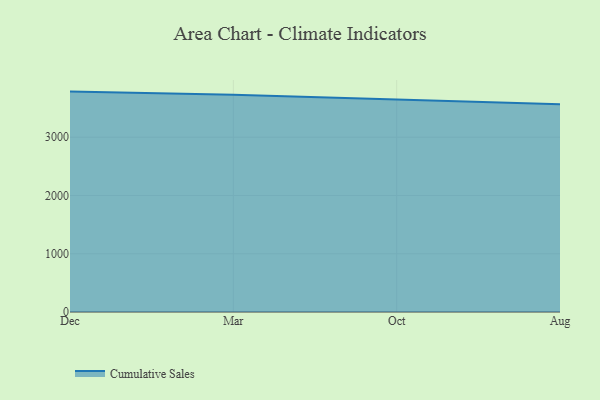
{"axis": {"x": "Month", "y": "Backlog"}, "legend": ["Cumulative Sales"], "data": [{"x": "Dec", "y": 3782.8, "type": "Cumulative Sales"}, {"x": "Mar", "y": 3727.1, "type": "Cumulative Sales"}, {"x": "Oct", "y": 3647.0, "type": "Cumulative Sales"}, {"x": "Aug", "y": 3567.4, "type": "Cumulative Sales"}]}